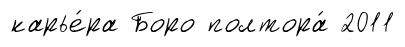
карье́ра Боро полтора́ 2011